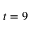
t = 9